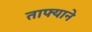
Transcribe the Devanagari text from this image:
ताफ्याने